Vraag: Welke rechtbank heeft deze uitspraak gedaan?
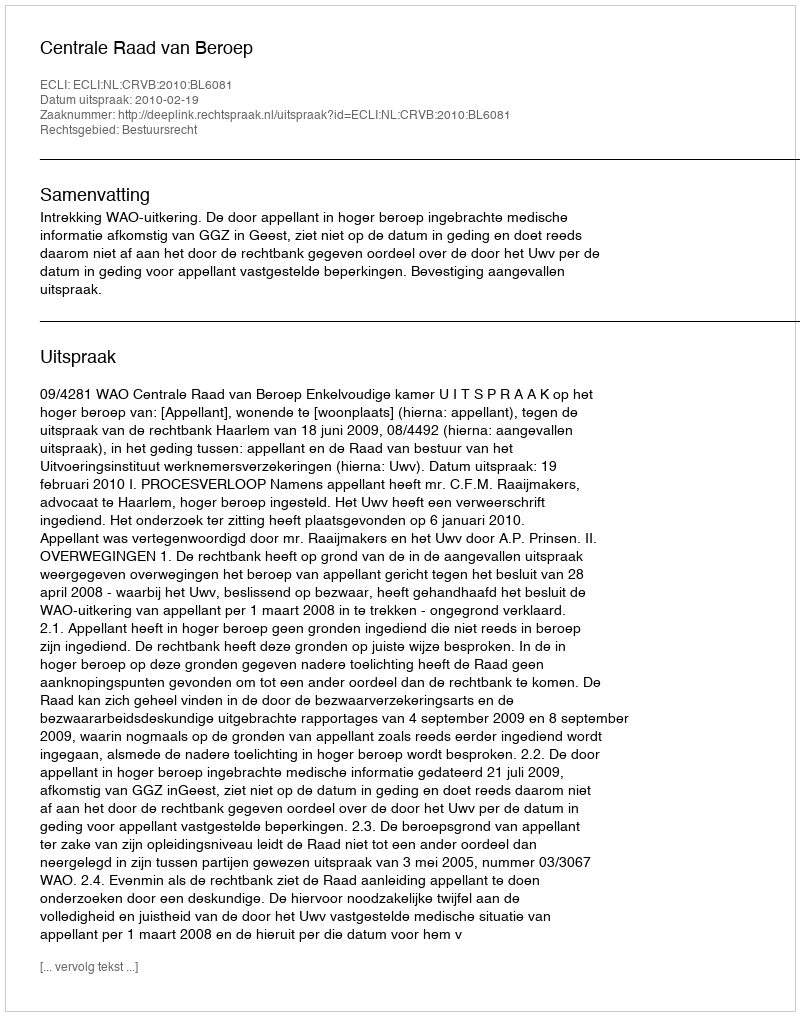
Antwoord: Centrale Raad van Beroep